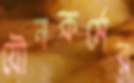
যৌনকর্মের